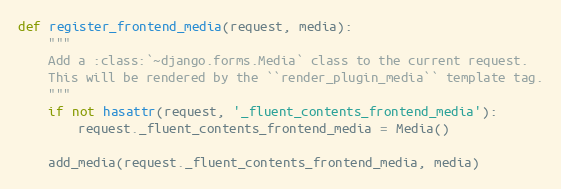
Language: Python
def register_frontend_media(request, media):
    """
    Add a :class:`~django.forms.Media` class to the current request.
    This will be rendered by the ``render_plugin_media`` template tag.
    """
    if not hasattr(request, '_fluent_contents_frontend_media'):
        request._fluent_contents_frontend_media = Media()

    add_media(request._fluent_contents_frontend_media, media)